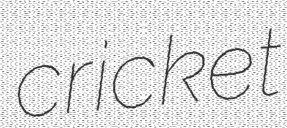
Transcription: cricket